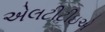
એલટીટીઇએ